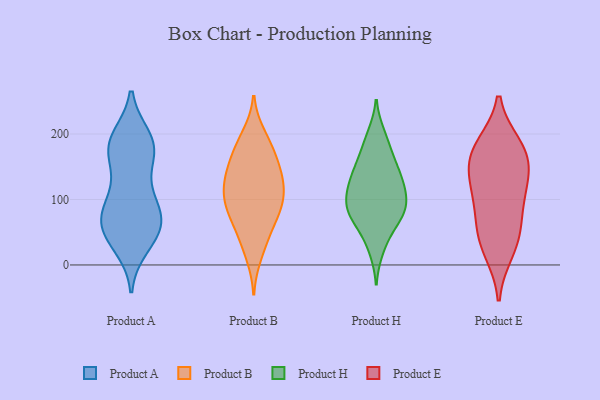
{"axis": {"x": "Website Visitors", "y": "Value"}, "legend": ["Product A", "Product B", "Product E", "Product H"], "data": [{"x": "", "y": 38, "type": "Product A"}, {"x": "", "y": 102, "type": "Product A"}, {"x": "", "y": 174, "type": "Product A"}, {"x": "", "y": 192, "type": "Product A"}, {"x": "", "y": 99, "type": "Product A"}, {"x": "", "y": 68, "type": "Product A"}, {"x": "", "y": 62, "type": "Product A"}, {"x": "", "y": 194, "type": "Product A"}, {"x": "", "y": 65, "type": "Product A"}, {"x": "", "y": 60, "type": "Product A"}, {"x": "", "y": 154, "type": "Product A"}, {"x": "", "y": 183, "type": "Product A"}, {"x": "", "y": 47, "type": "Product A"}, {"x": "", "y": 170, "type": "Product A"}, {"x": "", "y": 73, "type": "Product A"}, {"x": "", "y": 29, "type": "Product A"}, {"x": "", "y": 103, "type": "Product A"}, {"x": "", "y": 185, "type": "Product A"}, {"x": "", "y": 88, "type": "Product B"}, {"x": "", "y": 139, "type": "Product B"}, {"x": "", "y": 49, "type": "Product B"}, {"x": "", "y": 106, "type": "Product B"}, {"x": "", "y": 146, "type": "Product B"}, {"x": "", "y": 199, "type": "Product B"}, {"x": "", "y": 189, "type": "Product B"}, {"x": "", "y": 142, "type": "Product B"}, {"x": "", "y": 119, "type": "Product B"}, {"x": "", "y": 123, "type": "Product B"}, {"x": "", "y": 39, "type": "Product B"}, {"x": "", "y": 79, "type": "Product B"}, {"x": "", "y": 14, "type": "Product B"}, {"x": "", "y": 168, "type": "Product B"}, {"x": "", "y": 76, "type": "Product B"}, {"x": "", "y": 171, "type": "Product B"}, {"x": "", "y": 109, "type": "Product B"}, {"x": "", "y": 87, "type": "Product B"}, {"x": "", "y": 117, "type": "Product H"}, {"x": "", "y": 23, "type": "Product H"}, {"x": "", "y": 80, "type": "Product H"}, {"x": "", "y": 74, "type": "Product H"}, {"x": "", "y": 105, "type": "Product H"}, {"x": "", "y": 199, "type": "Product H"}, {"x": "", "y": 137, "type": "Product H"}, {"x": "", "y": 116, "type": "Product H"}, {"x": "", "y": 69, "type": "Product H"}, {"x": "", "y": 44, "type": "Product H"}, {"x": "", "y": 127, "type": "Product H"}, {"x": "", "y": 160, "type": "Product H"}, {"x": "", "y": 140, "type": "Product H"}, {"x": "", "y": 81, "type": "Product H"}, {"x": "", "y": 88, "type": "Product H"}, {"x": "", "y": 161, "type": "Product H"}, {"x": "", "y": 189, "type": "Product H"}, {"x": "", "y": 93, "type": "Product H"}, {"x": "", "y": 167, "type": "Product E"}, {"x": "", "y": 180, "type": "Product E"}, {"x": "", "y": 23, "type": "Product E"}, {"x": "", "y": 48, "type": "Product E"}, {"x": "", "y": 174, "type": "Product E"}, {"x": "", "y": 97, "type": "Product E"}, {"x": "", "y": 107, "type": "Product E"}, {"x": "", "y": 127, "type": "Product E"}, {"x": "", "y": 47, "type": "Product E"}, {"x": "", "y": 154, "type": "Product E"}]}